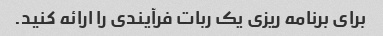
برای برنامه ریزی یک ربات فرآیندی را ارائه کنید.